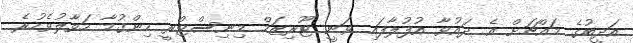
އަދީބުގެ މައްޗަށް އެ ދައުވާ އުފުލާފައި ވަނީ ޓޫރިޒަމް މިނިސްޓްރީ ހިންގުމާ ހަވާލުވެހުރެ